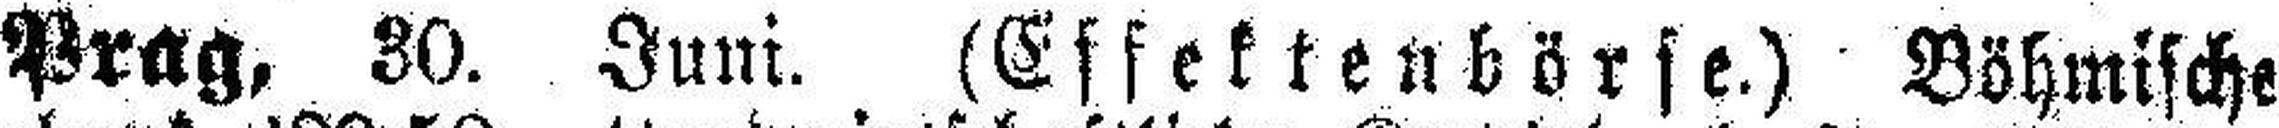
Prag, 30. Juni. (Effektenbörse.) Böhmische